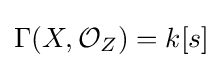
\Gamma (X,{\mathcal {O}}_{Z})=k[s]